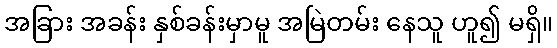
အခြား အခန်း နှစ်ခန်းမှာမူ အမြဲတမ်း နေသူ ဟူ၍ မရှိ။